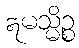
ဣမသ္မိဉ္စ